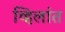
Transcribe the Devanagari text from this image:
व्हिलांत